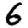
Digit: 6